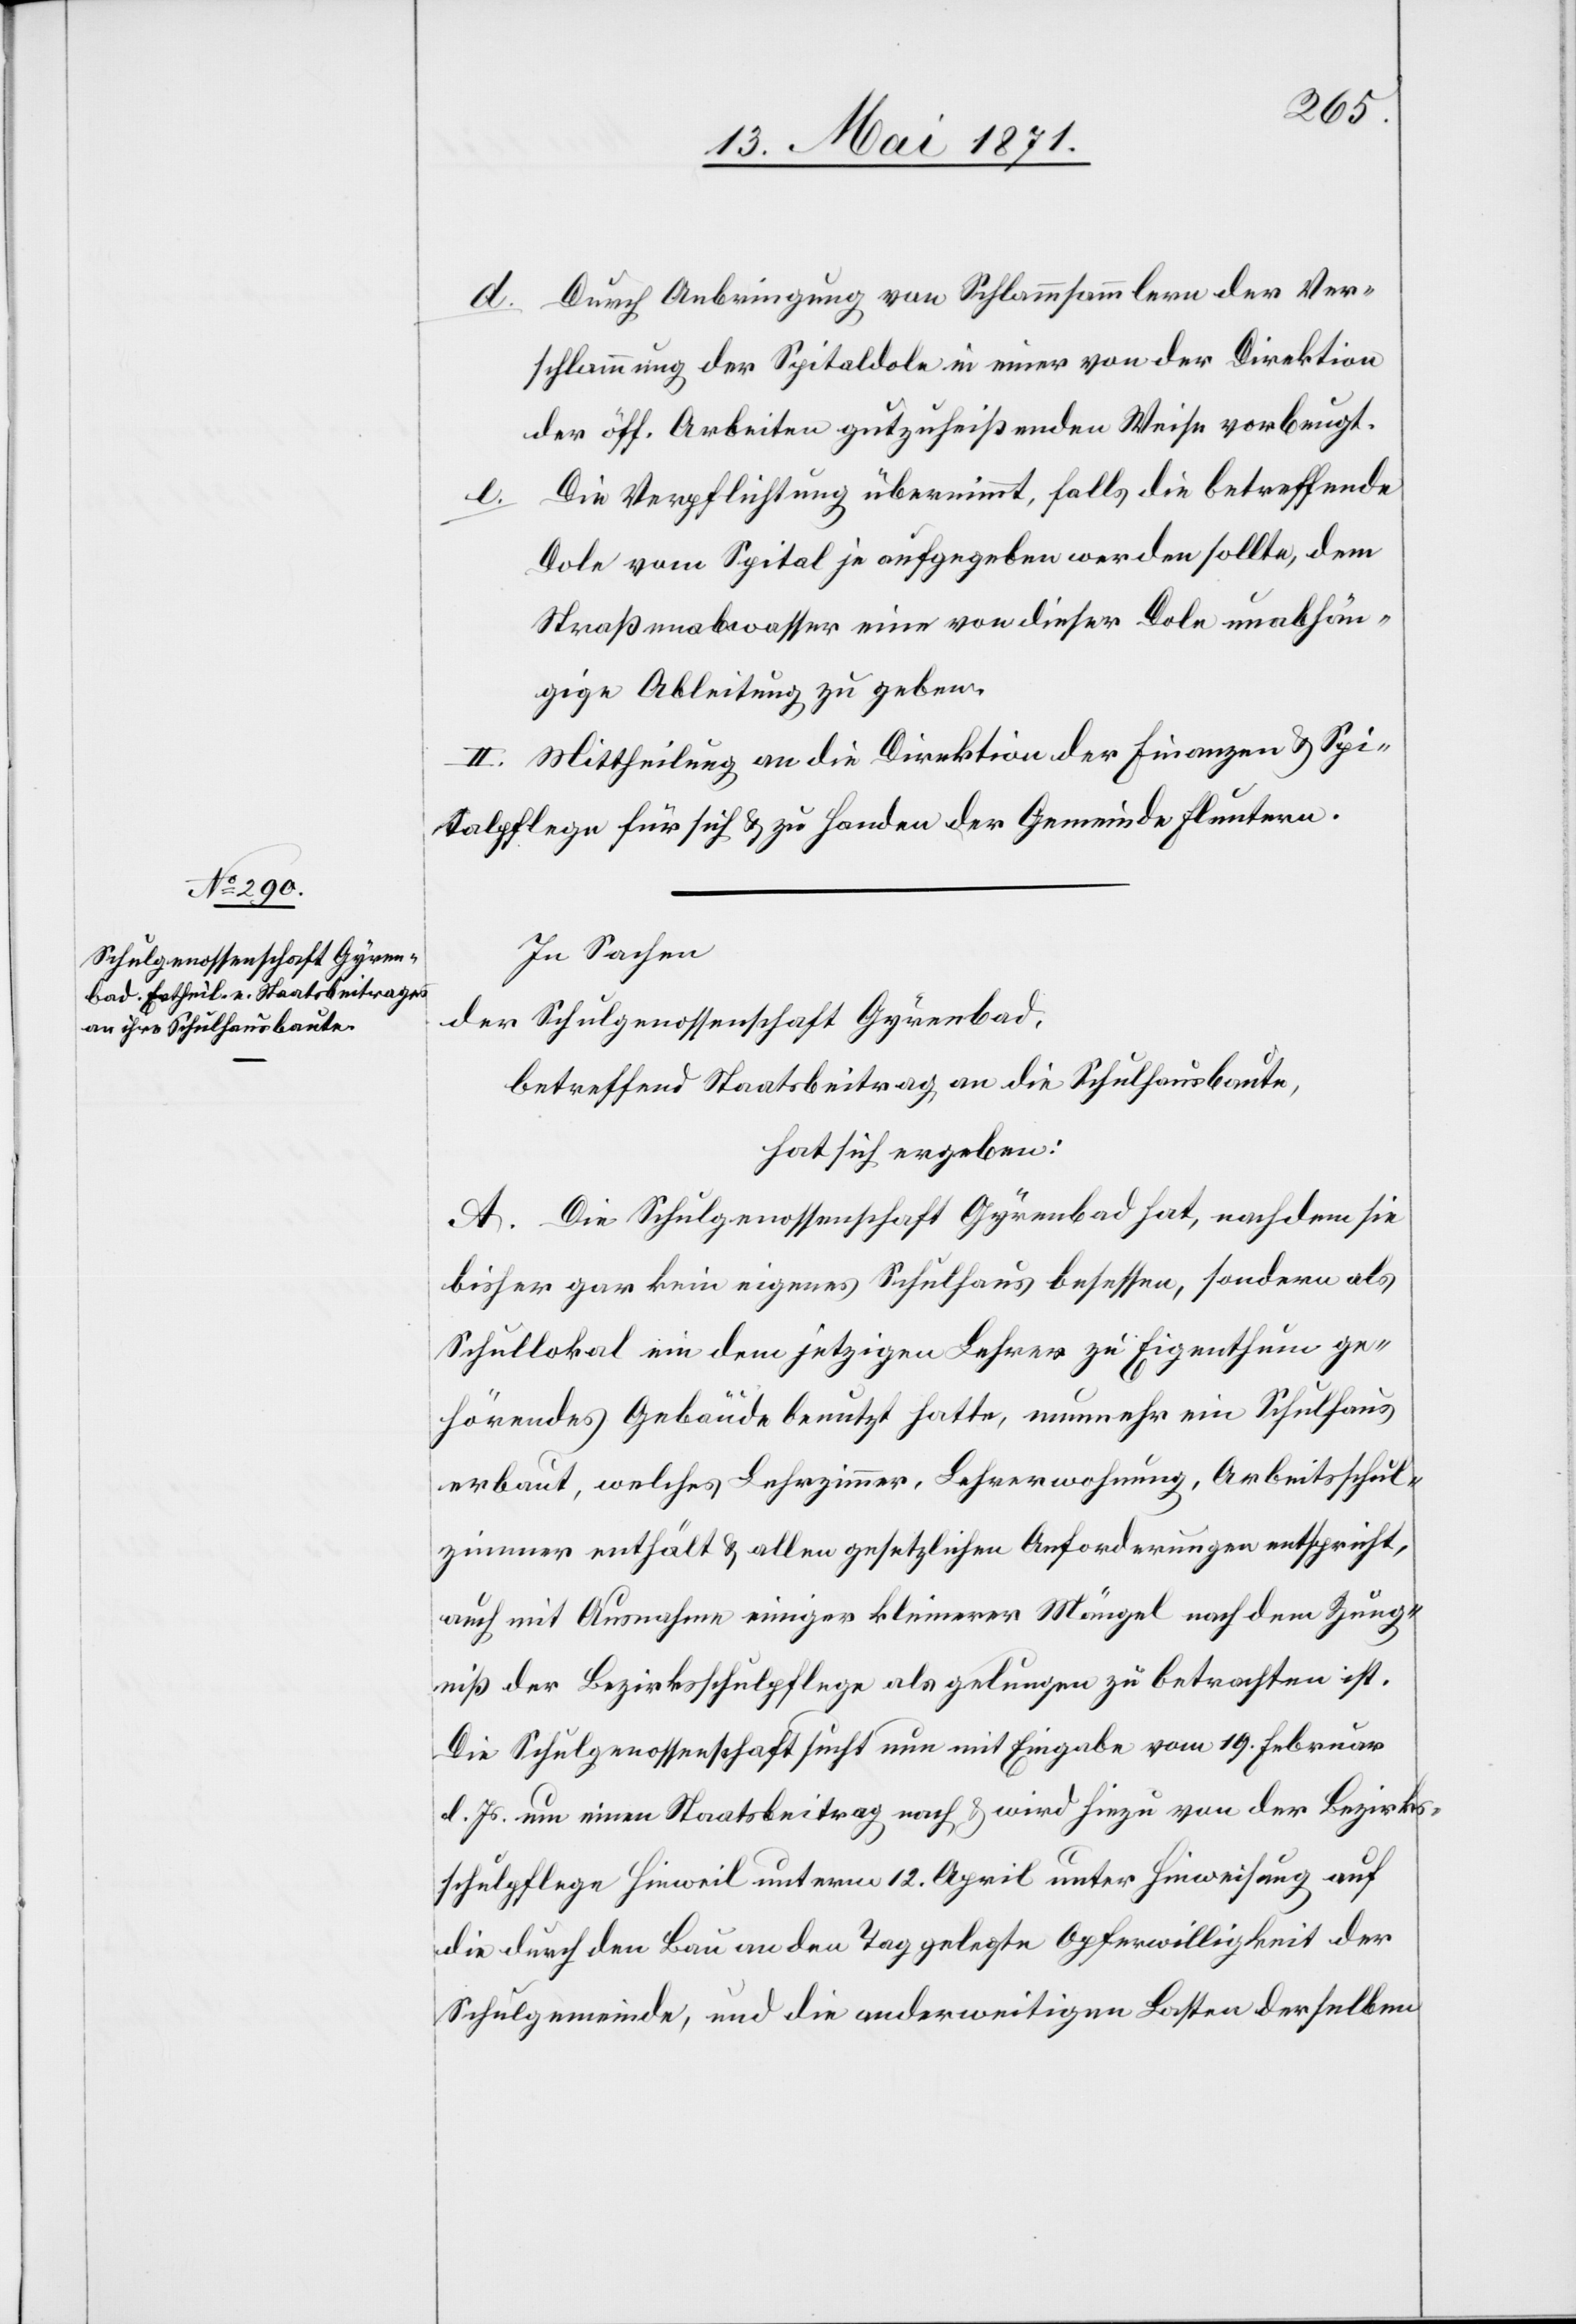
Durch Anbringung von Schlammsammlern der Ver¬
schlammung der Spitaldole in einer von der Direktion
der öff. Arbeiten gutzuheißenden Weise vorbeugt.
Die Verpflichtung übernimmt, falls die betreffende
d.
Dole vom Spital je aufgegeben werden sollte, dem
Straßenabwasser eine von dieser Dole unabhän¬
gige Ableitung zu geben.
II. Mittheilung an die Direktion der Finanzen u. Spi¬
talpflege für sich u. zu Handen der Gemeinde Fluntern.